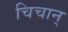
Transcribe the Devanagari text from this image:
चिचान्